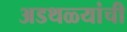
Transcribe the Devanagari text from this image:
अडथळ्यांची